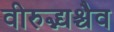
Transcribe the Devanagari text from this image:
वीरुद्भ्यश्चैव